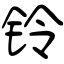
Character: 铃